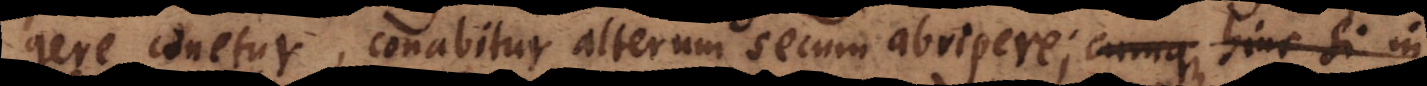
gere conetur, conabitur alterum secum abripere; cumque hinc si in